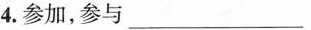
4.参加，参与___